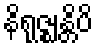
နိရုဇ္ဈန္တိပိ